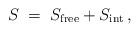
LaTeX: \begin{align*}S\;=\; S_{\mathrm{free}}+S_{\mathrm{int}} \, ,\end{align*}